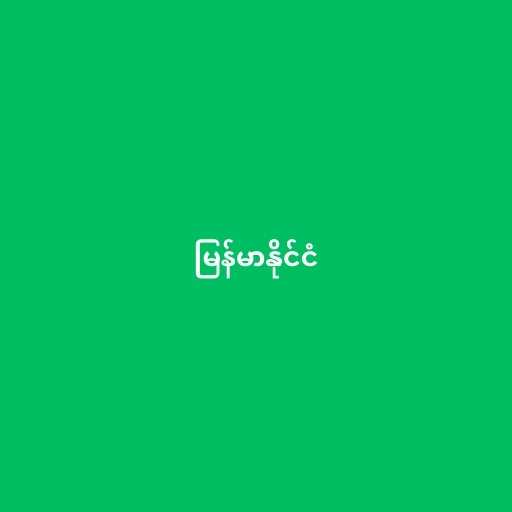
မြန်မာနိုင်ငံ